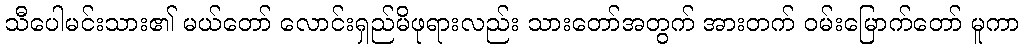
သီပေါမင်းသား၏ မယ်တော် လောင်းရှည်မိဖုရားလည်း သားတော်အတွက် အားတက် ဝမ်းမြောက်တော် မူကာ